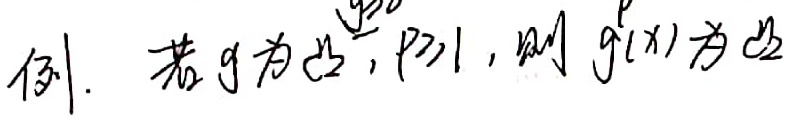
例. 若\(g\)为凸，\(p\geq1\)，则 \(g^p(x)\)为凸。